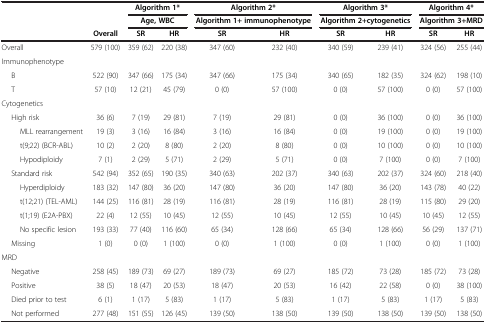
<table><thead><tr><td colspan="2"><b> </b></td><td colspan="2"><b>Algorithm 1*</b></td><td colspan="2"><b>Algorithm 2*</b></td><td colspan="2"><b>Algorithm 3*</b></td><td colspan="2"><b>Algorithm 4*</b></td></tr><tr><td colspan="2"><b> </b></td><td colspan="2"><b>Age, WBC</b></td><td colspan="2"><b>Algorithm 1+ immunophenotype</b></td><td colspan="2"><b>Algorithm 2+cytogenetics</b></td><td colspan="2"><b>Algorithm 3+MRD</b></td></tr><tr><td><b> </b></td><td><b>Overall</b></td><td><b>SR</b></td><td><b>HR</b></td><td><b>SR</b></td><td><b>HR</b></td><td><b>SR</b></td><td><b>HR</b></td><td><b>SR</b></td><td><b>HR</b></td></tr></thead><tbody><tr><td>Overall</td><td>579 (100)</td><td>359 (62)</td><td>220 (38)</td><td>347 (60)</td><td>232 (40)</td><td>340 (59)</td><td>239 (41)</td><td>324 (56)</td><td>255 (44)</td></tr><tr><td>Immunophenotype</td><td> </td><td> </td><td> </td><td> </td><td> </td><td> </td><td> </td><td> </td><td> </td></tr><tr><td>B</td><td>522 (90)</td><td>347 (66)</td><td>175 (34)</td><td>347 (66)</td><td>175 (34)</td><td>340 (65)</td><td>182 (35)</td><td>324 (62)</td><td>198 (10)</td></tr><tr><td>T</td><td>57 (10)</td><td>12 (21)</td><td>45 (79)</td><td>0 (0)</td><td>57 (100)</td><td>0 (0)</td><td>57 (100)</td><td>0 (0)</td><td>57 (100)</td></tr><tr><td>Cytogenetics</td><td> </td><td> </td><td> </td><td> </td><td> </td><td> </td><td> </td><td> </td><td> </td></tr><tr><td>High risk</td><td>36 (6)</td><td>7 (19)</td><td>29 (81)</td><td>7 (19)</td><td>29 (81)</td><td>0 (0)</td><td>36 (100)</td><td>0 (0)</td><td>36 (100)</td></tr><tr><td>MLL rearrangement</td><td>19 (3)</td><td>3 (16)</td><td>16 (84)</td><td>3 (16)</td><td>16 (84)</td><td>0 (0)</td><td>19 (100)</td><td>0 (0)</td><td>19 (100)</td></tr><tr><td>t(9;22) (BCR-ABL)</td><td>10 (2)</td><td>2 (20)</td><td>8 (80)</td><td>2 (20)</td><td>8 (80)</td><td>0 (0)</td><td>10 (100)</td><td>0 (0)</td><td>10 (100)</td></tr><tr><td>Hypodiploidy</td><td>7 (1)</td><td>2 (29)</td><td>5 (71)</td><td>2 (29)</td><td>5 (71)</td><td>0 (0)</td><td>7 (100)</td><td>0 (0)</td><td>7 (100)</td></tr><tr><td>Standard risk</td><td>542 (94)</td><td>352 (65)</td><td>190 (35)</td><td>340 (63)</td><td>202 (37)</td><td>340 (63)</td><td>202 (37)</td><td>324 (60)</td><td>218 (40)</td></tr><tr><td>Hyperdiploidy</td><td>183 (32)</td><td>147 (80)</td><td>36 (20)</td><td>147 (80)</td><td>36 (20)</td><td>147 (80)</td><td>36 (20)</td><td>143 (78)</td><td>40 (22)</td></tr><tr><td>t(12;21) (TEL-AML)</td><td>144 (25)</td><td>116 (81)</td><td>28 (19)</td><td>116 (81)</td><td>28 (19)</td><td>116 (81)</td><td>28 (19)</td><td>115 (80)</td><td>29 (20)</td></tr><tr><td>t(1;19) (E2A-PBX)</td><td>22 (4)</td><td>12 (55)</td><td>10 (45)</td><td>12 (55)</td><td>10 (45)</td><td>12 (55)</td><td>10 (45)</td><td>10 (45)</td><td>12 (55)</td></tr><tr><td>No specific lesion</td><td>193 (33)</td><td>77 (40)</td><td>116 (60)</td><td>65 (34)</td><td>128 (66)</td><td>65 (34)</td><td>128 (66)</td><td>56 (29)</td><td>137 (71)</td></tr><tr><td>Missing</td><td>1 (0)</td><td>0 (0)</td><td>1 (100)</td><td>0 (0)</td><td>1 (100)</td><td>0 (0)</td><td>1 (100)</td><td>0 (0)</td><td>1 (100)</td></tr><tr><td>MRD</td><td> </td><td> </td><td> </td><td> </td><td> </td><td> </td><td> </td><td> </td><td> </td></tr><tr><td>Negative</td><td>258 (45)</td><td>189 (73)</td><td>69 (27)</td><td>189 (73)</td><td>69 (27)</td><td>185 (72)</td><td>73 (28)</td><td>185 (72)</td><td>73 (28)</td></tr><tr><td>Positive</td><td>38 (5)</td><td>18 (47)</td><td>20 (53)</td><td>18 (47)</td><td>20 (53)</td><td>16 (42)</td><td>22 (58)</td><td>0 (0)</td><td>38 (100)</td></tr><tr><td>Died prior to test</td><td>6 (1)</td><td>1 (17)</td><td>5 (83)</td><td>1 (17)</td><td>5 (83)</td><td>1 (17)</td><td>5 (83)</td><td>1 (17)</td><td>5 (83)</td></tr><tr><td>Not performed</td><td>277 (48)</td><td>151 (55)</td><td>126 (45)</td><td>139 (50)</td><td>138 (50)</td><td>139 (50)</td><td>138 (50)</td><td>139 (50)</td><td>138 (50)</td></tr></tbody></table>